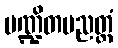
ပဏ္ဍိတပညတ္တံ